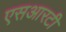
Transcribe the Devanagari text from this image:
एसआरटी